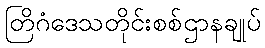
တြိဂံဒေသတိုင်းစစ်ဌာနချုပ်